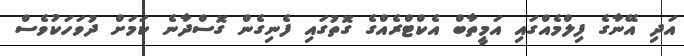
އަދި އޭނާގެ ފިލްމެއްގައި އަމީތާބް އެކްޓްރެއްގެ ގޮތުގައި ފެނިގެން ގޮސްދާނެ ކަމަށް ދުވަހަކުވެސް